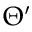
\Theta ^ { \prime }